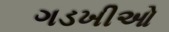
ગડખીઓ